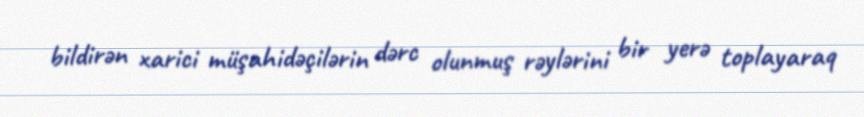
bildirən xarici müşahidəçilərin dərc olunmuş rəylərini bir yerə toplayaraq